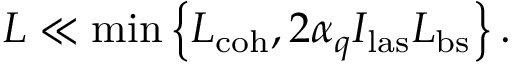
L \ll \operatorname* { m i n } \left\{ L _ { \mathrm { c o h } } , 2 \alpha _ { q } I _ { \mathrm { l a s } } L _ { \mathrm { b s } } \right\} .